Vaccination in Bombay 1913-1923 - 1913-1923
Year: 1913
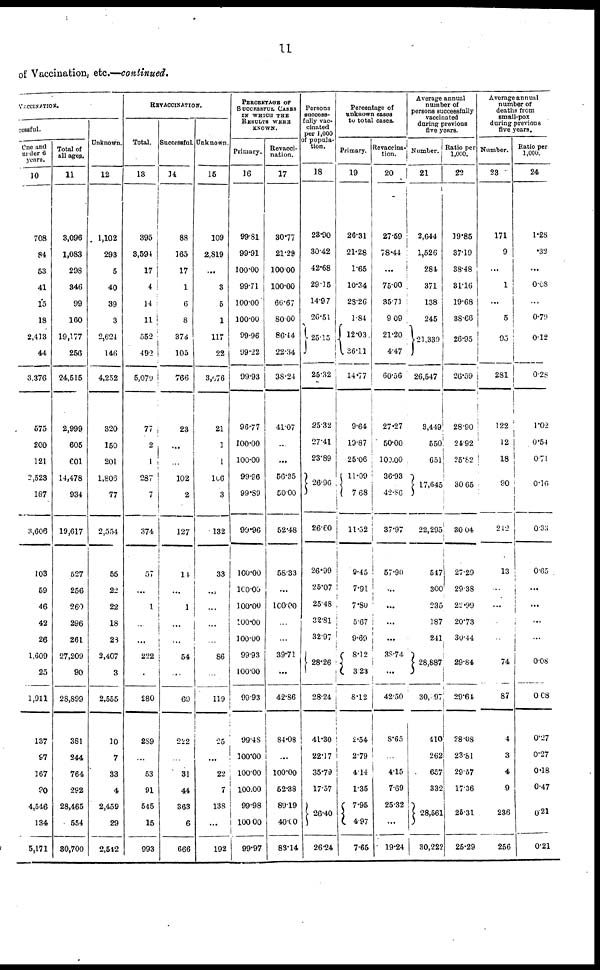
11
of Vaccination, etc.—continued.
VACCINATION.
cessful.
One and
under 6
years.
10
708
84
53
41
15
18
2,413
44
3,376
575
200
121
2,523
187
3,606
103
59
46
42
26
1,609
25
1,911
137
97
167
30
4,546
134
5,171
Total of
all ages.
11
3,096
1,083
298
346
99
160
19,177
256
24,515
2,999
605
601
14,478
934
19,617
527
256
260
296
261
27,209
90
28,899
381
244
764
292
28,465
554
80,700
Unknown.
12
1,102
293
5
40
39
3
2,624
146
4,252
320
150
201
1,806
77
2,554
55
22
22
18
23
2,407
3
2,555
10
7
33
4
2,459
29
2,542
REVACCINATION.
Total.
13
395
3,594
17
4
14
11
552
492
5,079
77
2
1
287
7
374
57
...
1
...
...
222
380
289
...
53
91
545
15
993
Successful.
14
88
165
17
1
6
8
376
105
766
23
...
...
102
2
127
14
...
1
...
...
54
...
69
222
...
31
44
363
6
666
Unknown.
15
109
2,819
...
3
5
1
117
22
3,076
21
1
1
106
3
132
33
...
...
...
...
86
119
.25
...
22
7
138
...
192
PERCENTAGE OF
SUCCESSFUL CASES
IN WHICH THE
RESULTS WERE
KNOWS.
Primary.
16
99.81
99.91
100.00
99.71
100.00
100.00
99.96
99.22
99.93
96.77
100.00
100.00
99.96
99.89
99.96
100.00
100.00
100.00
100.00
100.00
99.93
100.00
99.93
99.48
100.00
100.00
100.00
99.98
100.00
99.97
Revacci¬
nation.
17
30.77
21.29
100.00
100.00
66.67
80.00
86.44
22.34
38.24
41.07
...
...
56.35
50.00
52.48
58.33
...
100.00
...
...
39.71
...
42.86
84.08
...
100.00
52.38
89.19
40.00
83.14
Persons
success-
fully vac-
cinated
per 1,000
of popula-
tion.
18
23.90
30.42
42.68
29.15
14.97
26.51
25.15
25.32
25.32
27.41
23.89
26.96
26.60
26.99
25.07
25.48
32.81
32.97
28.26
28.24
41.30
22.17
35.79
17.57
26.40
2624
Percentage of
unknown eases
to total cases.
Primary.
19
26.31
21.28
1.65
10.34
28.26
1.84
12.03
36.11
14.77
9.64
19.87
25.06
11.09
7.68
11.52
9.45
7.91
7.80
5.67
9.69
8.12
3.23
8.12
2.54
2.79
4.14
1.35
7.95
497
765
Revaccina¬
tion.
20
27.59
78.44
...
75.00
35.71
9.09
21.20
4.47
60.56
27.27
50.00
100.00
36.93
42.86
37.97
57.90
...
...
...
...
38.74
...
42.50
8.65
...
4.15
769
25.2
...
19.24
Average annual
number of
persons successfully
vaccinated
during previous
five years.
Number.
21
2,644
1,526
284
371
138
245
21,339
26,547
3,449
550
651
17,645
22,295
547
300
235
187
241
28,887
30,397
410
262
657
332
28,561
30,222
Ratio per
1,000.
22
19.85
37.19
38.48
31.16
19.68
38.66
26.95
26.59
28.90
24.92
25.82
30.65
30.04
27.29
29.38
22.99
20.73
30.44
29.84
29.64
28.08
23.81
29.57
17.36
25.31
25.29
Average annual
number of
deaths from
small-pox
during previous
five years.
Number.
23
171
9
...
1
...
5
95
281
122
12
18
90
242
13
...
...
...
...
74
87
4
3
4
9
236
256
Ratio per
1,000.
24
1.28
.32
...
0.08
...
0.79
0.12
0.28
1.02
0.54
0.71
0.16
0.33
0.65
...
...
...
...
0.08
0.68
0.27
0.27
0.18
0.47
0.21
0.21